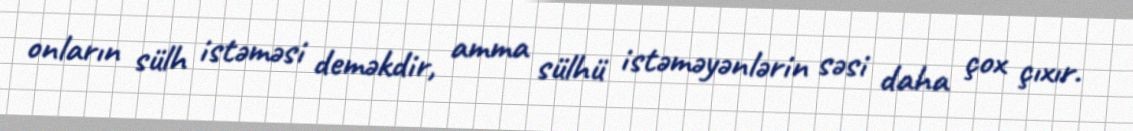
onların sülh istəməsi deməkdir, amma sülhü istəməyənlərin səsi daha çox çıxır.